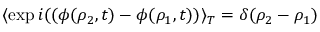
\langle \exp i ( ( \phi ( \rho _ { 2 } , t ) - \phi ( \rho _ { 1 } , t ) ) \rangle _ { T } = \delta ( \rho _ { 2 } - \rho _ { 1 } )